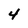
Character: 4